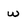
Character: w